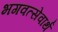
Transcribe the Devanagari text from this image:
भगवत्सेवार्थ